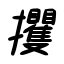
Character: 攫